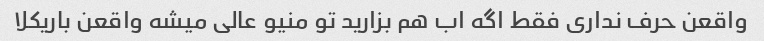
واقعن حرف نداری فقط اگه اب هم بزارید تو منیو عالی میشه واقعن باریکلا